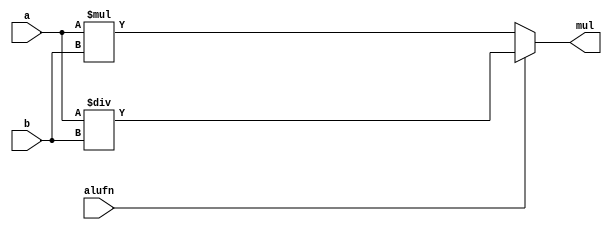
module multiplier8Bit_16 (
    input [7:0] a,
    input [7:0] b,
    input alufn,
    output reg [7:0] mul
  );
  
  
  
  always @* begin
    if (~alufn) begin
      mul = a * b;
    end else begin
      mul = a / b;
    end
  end
endmodule